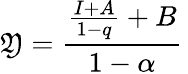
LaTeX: \mathfrak{Y}={\frac{{{\frac{{I+A}}{{1-q}}}+B}}{{1-\alpha}}}\,